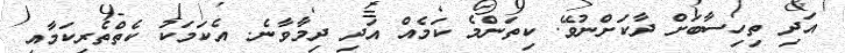
އަދި ތިހިސާބަށް ދާކަށްނުވޭ. ކިތަންމެ ކަމެއް އަދި ދިމާވާނެ. އެކަމަކު ކެތްތެރިކަމާއި